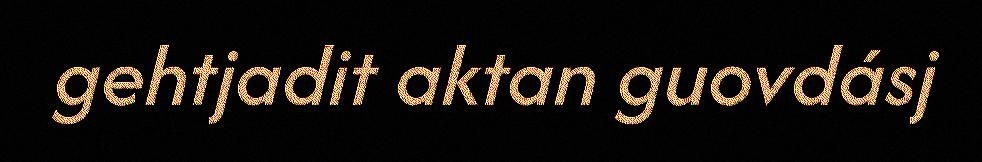
gehtjadit aktan guovdásj